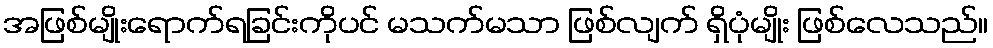
အဖြစ်မျိုးရောက်ရခြင်းကိုပင် မသက်မသာ ဖြစ်လျက် ရှိပုံမျိုး ဖြစ်လေသည်။